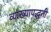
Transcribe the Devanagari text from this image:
व्याख्यापद्धती